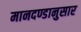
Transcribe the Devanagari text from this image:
मानदण्डानुसार